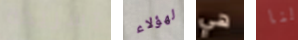
تسريحة لهؤلاء هي لنا